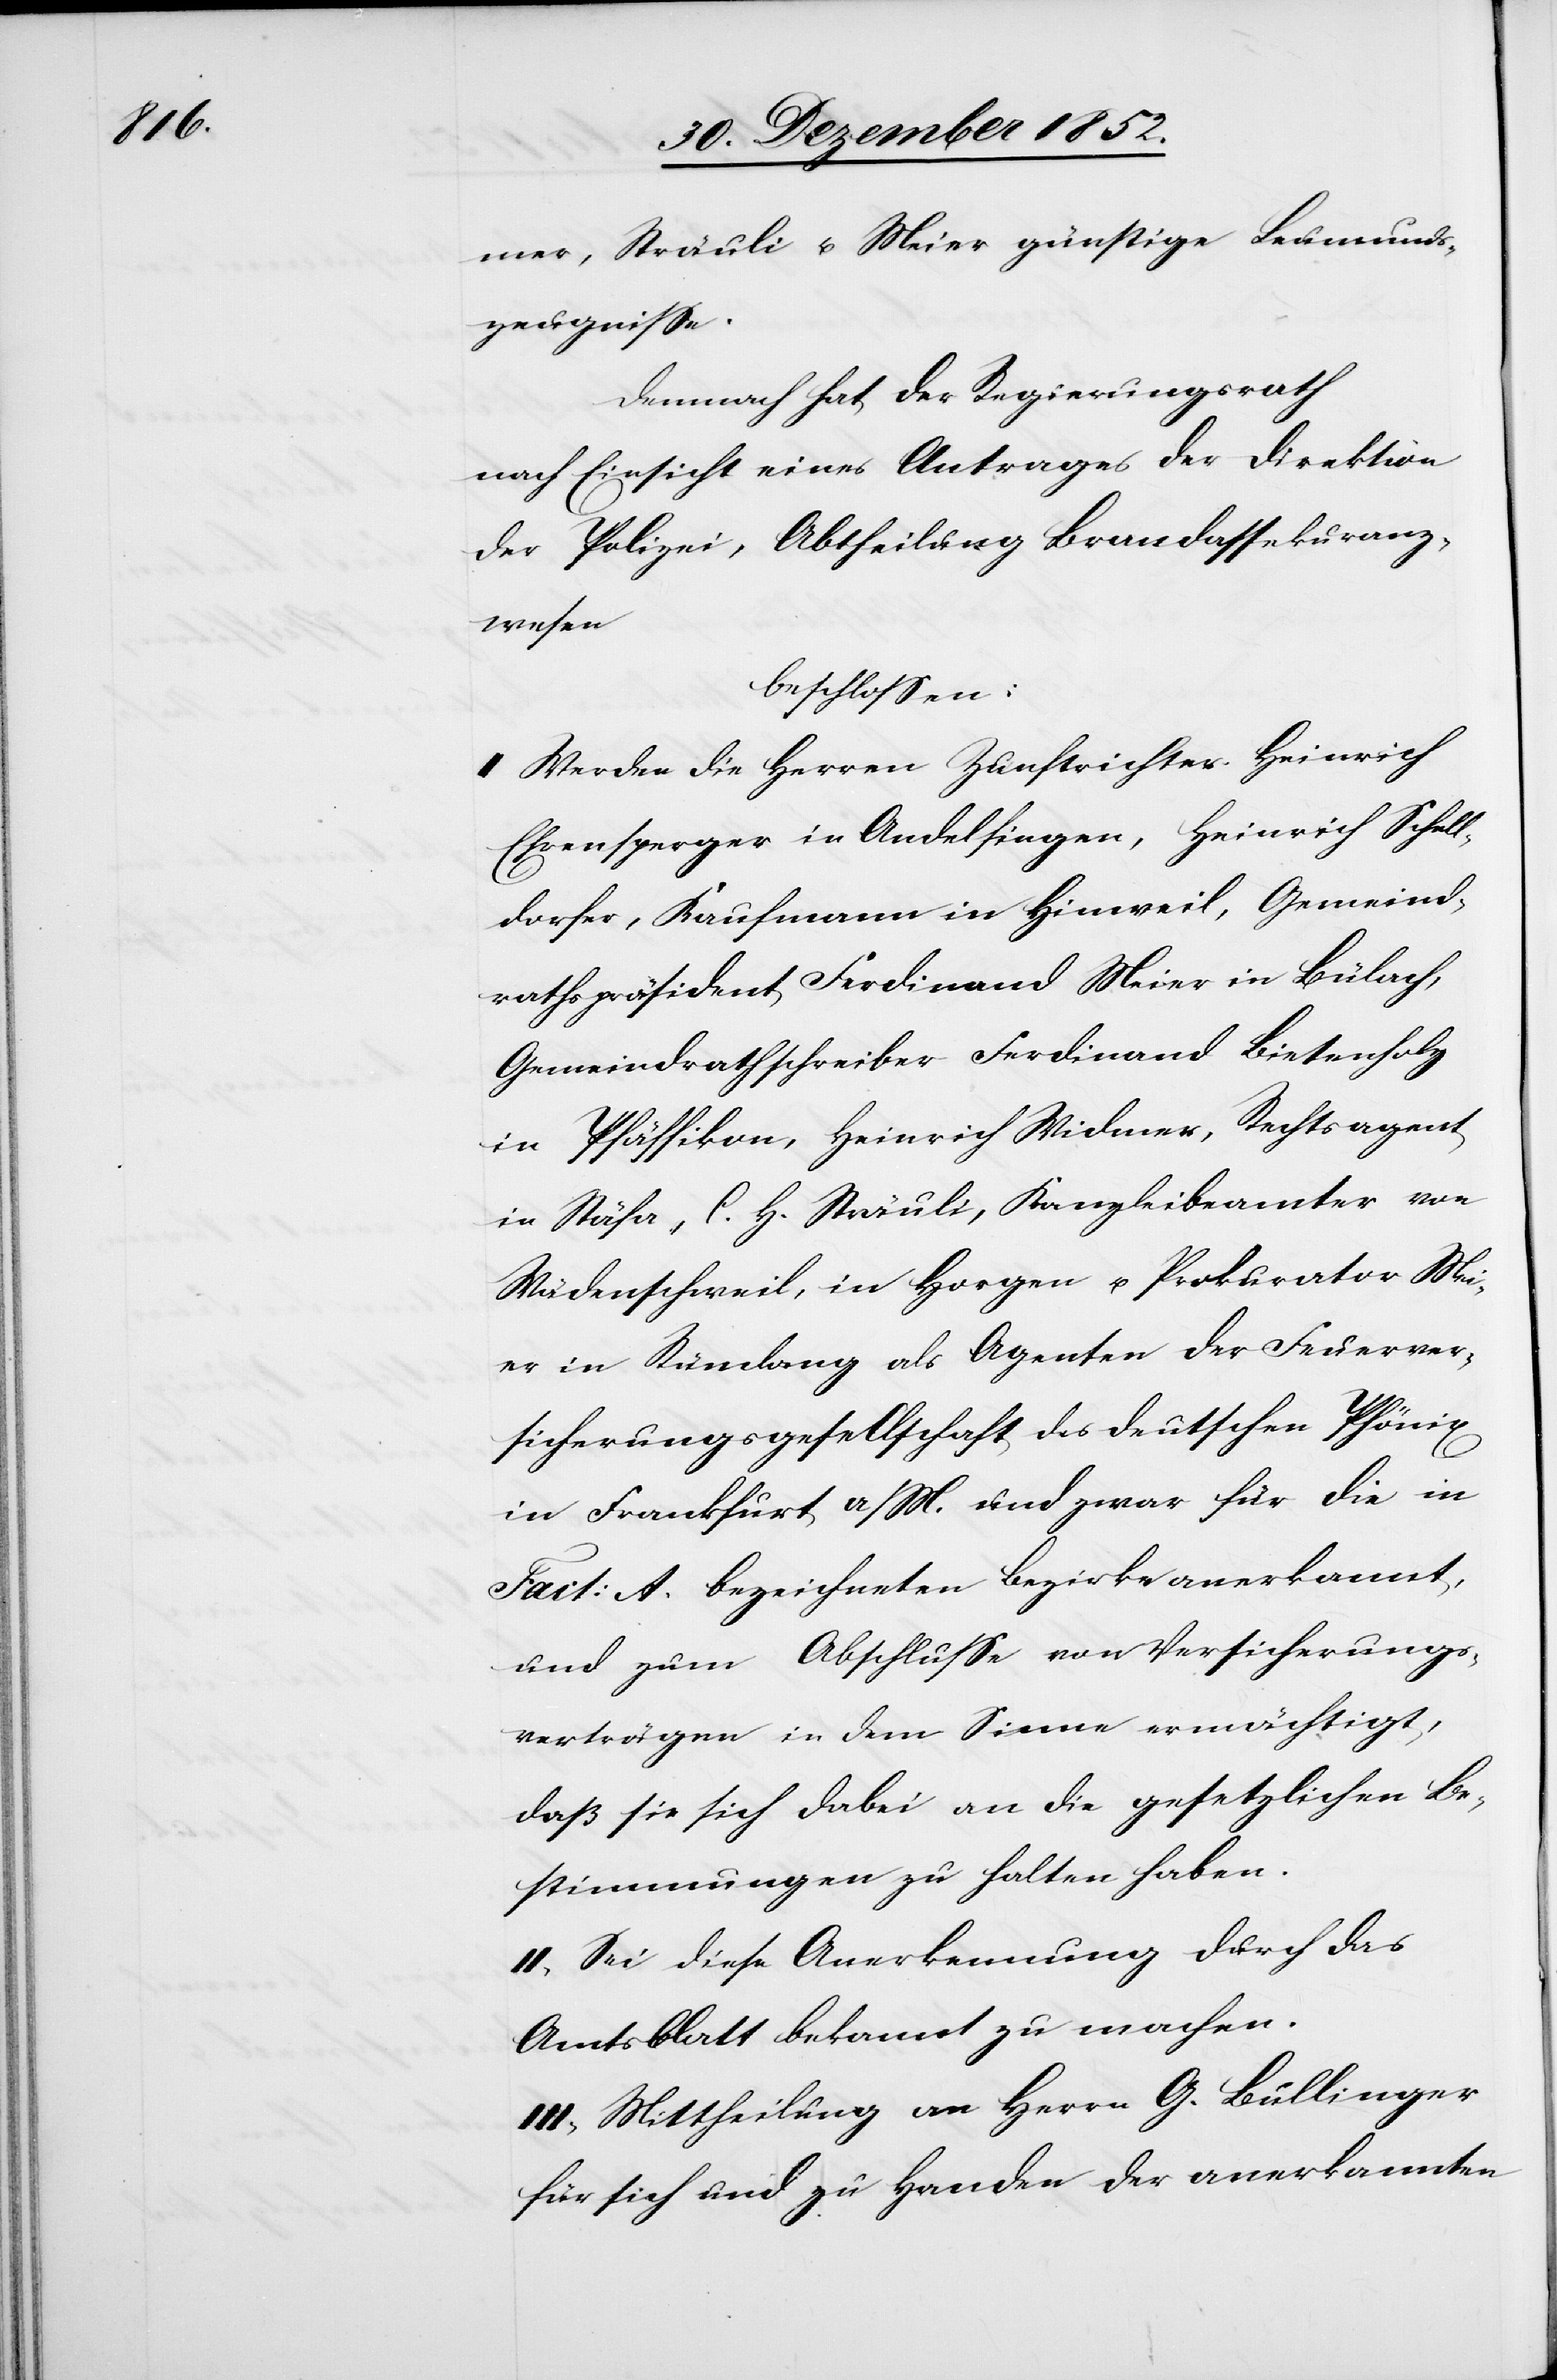
mer, Sträuli u. Meier günstige Leumunds¬
zeugnisse.
Demnach hat der Regierungsrath
nach Einsicht eines Antrages der Direktion
der Polizei, Abtheilung Brandassekuranz¬
wesen
beschlossen:
I Werden die Herren Zunftrichter Heinrich
Ehrensperger in Andelfingen, Heinrich Schell¬
dorfer, Kaufmann in Hinweil, Gemeind¬
rathspräsident Ferdinand Meier in Bülach,
Gemeindrathschreiber Ferdinand Bietenholz
in Pfäffikon, Heinrich Widmer, Rechtsagent
in Stäfa, C. H. Sträuli, Kanzleibeamter von
Wädenschweil, in Horgen u. Prokurator Mei¬
er in Rümlang als Agenten der Feuerver¬
sicherungsgesellschaft des deutschen Phönix
in Frankfurt a/M. und zwar für die in
Fact: A. bezeichneten Bezirke anerkannt,
und zum Abschlusse von Versicherungs¬
verträgen in dem Sinne ermächtigt,
daß sie sich dabei an die gesetzlichen Be¬
stimmungen zu halten haben.
II, Sei diese Anerkennung durch das
Amtsblatt bekannt zu machen.
III, Mittheilung an Herrn G. Bullinger
für sich und zu Handen der anerkannten